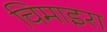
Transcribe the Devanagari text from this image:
चिमाइरा